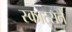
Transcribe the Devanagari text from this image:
स्काट्सने